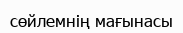
сөйлемнің мағынасы